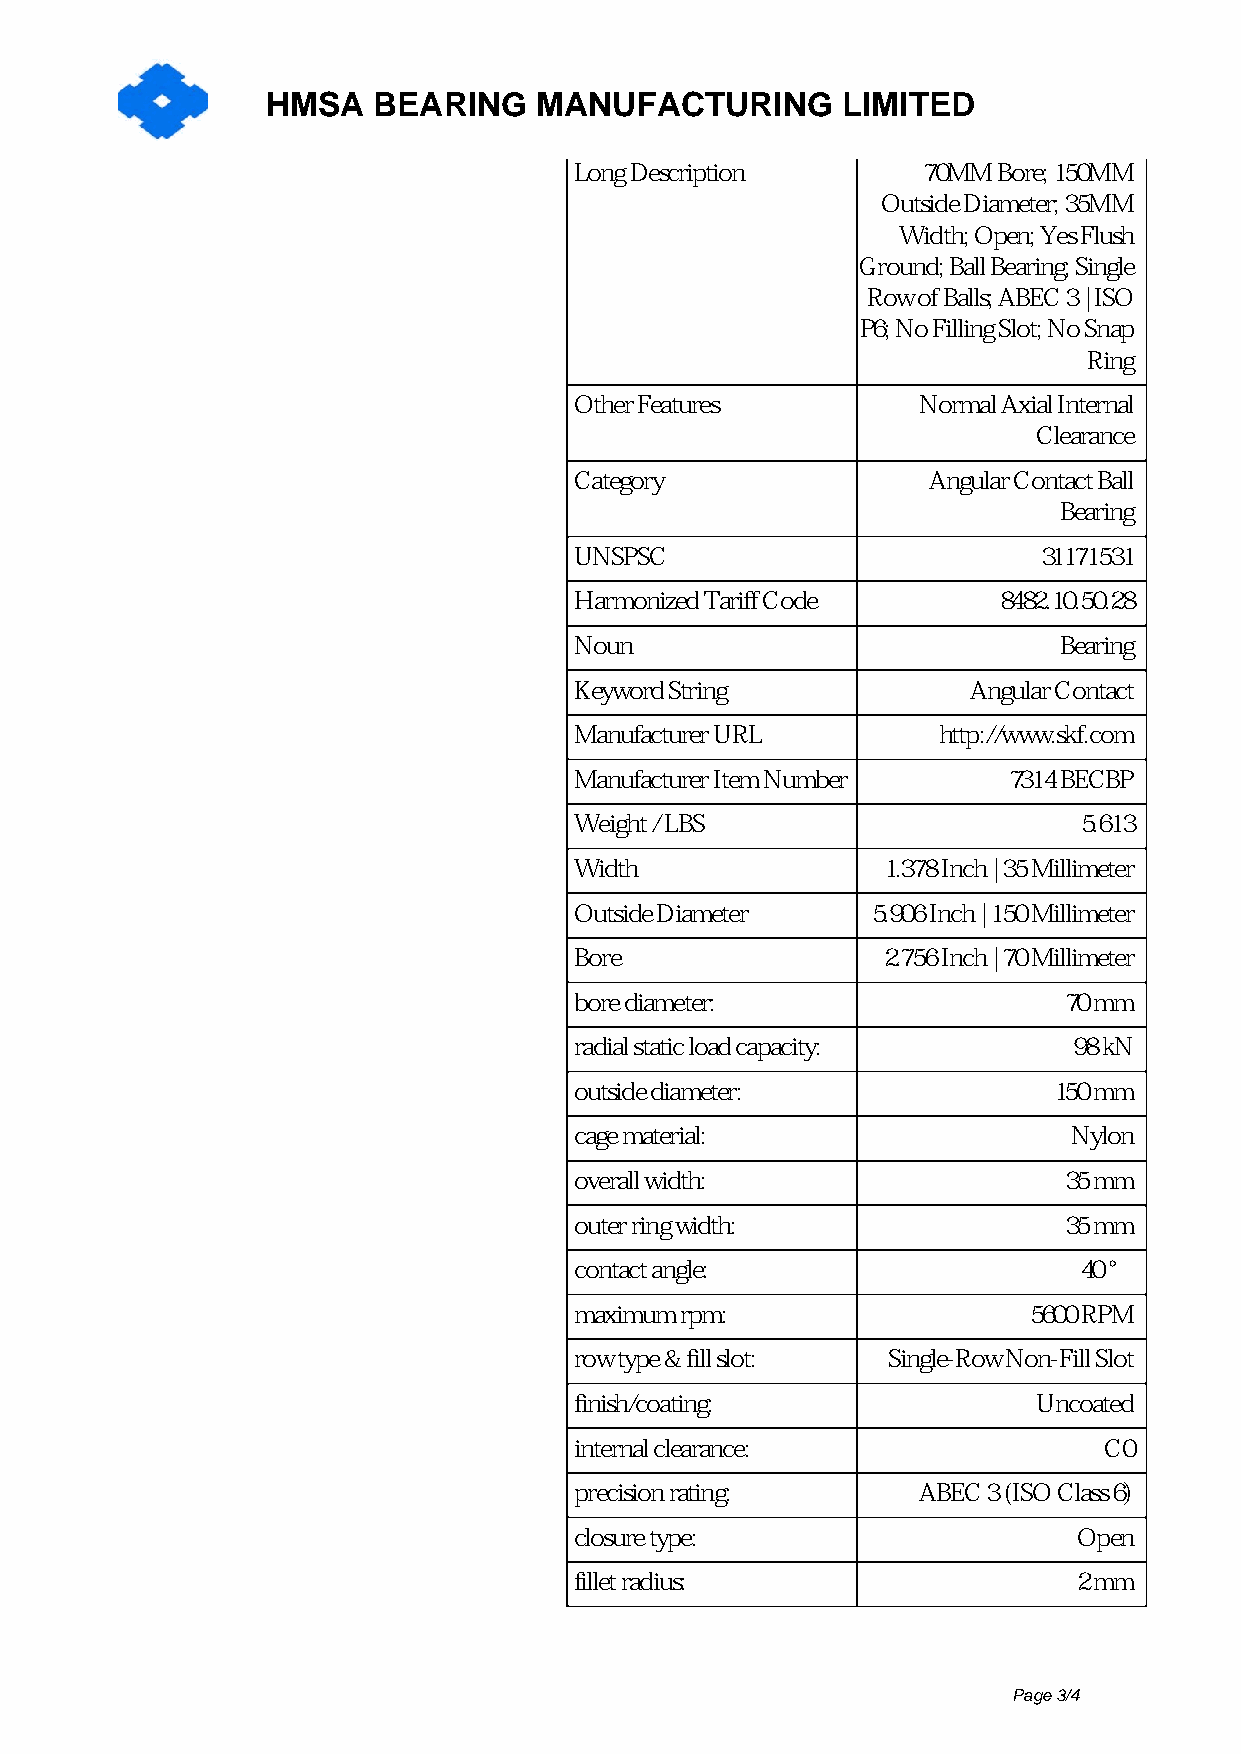
HMSA   BEARING   MANUFACTURING        LIMITED
 Long Description       70MM Bore; 150MM
 Outside Diameter; 35MM
 Width; Open; Yes Flush
 Ground; Ball Bearing; Single
 Row of Balls; ABEC 3 | ISO
 P6; No Filling Slot; No Snap
 Ring
 Other Features         Normal Axial Internal
 Clearance
 Category               Angular Contact Ball
 Bearing
 UNSPSC                         31171531
 Harmonized Tariff Code      8482.10.50.28
 Noun                            Bearing
 Keyword String            Angular Contact
 Manufacturer URL        http://www.skf.com
 Manufacturer Item Number     7314 BECBP
 Weight / LBS                      5.613
 Width               1.378 Inch | 35 Millimeter
 Outside Diameter    5.906 Inch | 150 Millimeter
 Bore                2.756 Inch | 70 Millimeter
 bore diameter:                  70 mm
 radial static load capacity:     98 kN
 outside diameter:               150 mm
 cage material:                   Nylon
 overall width:                  35 mm
 outer ring width:               35 mm
 contact angle:                   40 °
 maximum rpm:                  5600 RPM
 row type & fill slot: Single-Row Non-Fill Slot
 finish/coating:                Uncoated
 internal clearance:                C0
 precision rating:      ABEC 3 (ISO Class 6)
 closure type:                    Open
 fillet radius:                   2 mm
 Page 3/4